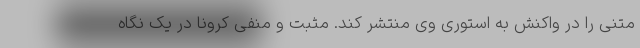
متنی را در واکنش به استوری وی منتشر کند. مثبت و منفی کرونا در یک نگاه